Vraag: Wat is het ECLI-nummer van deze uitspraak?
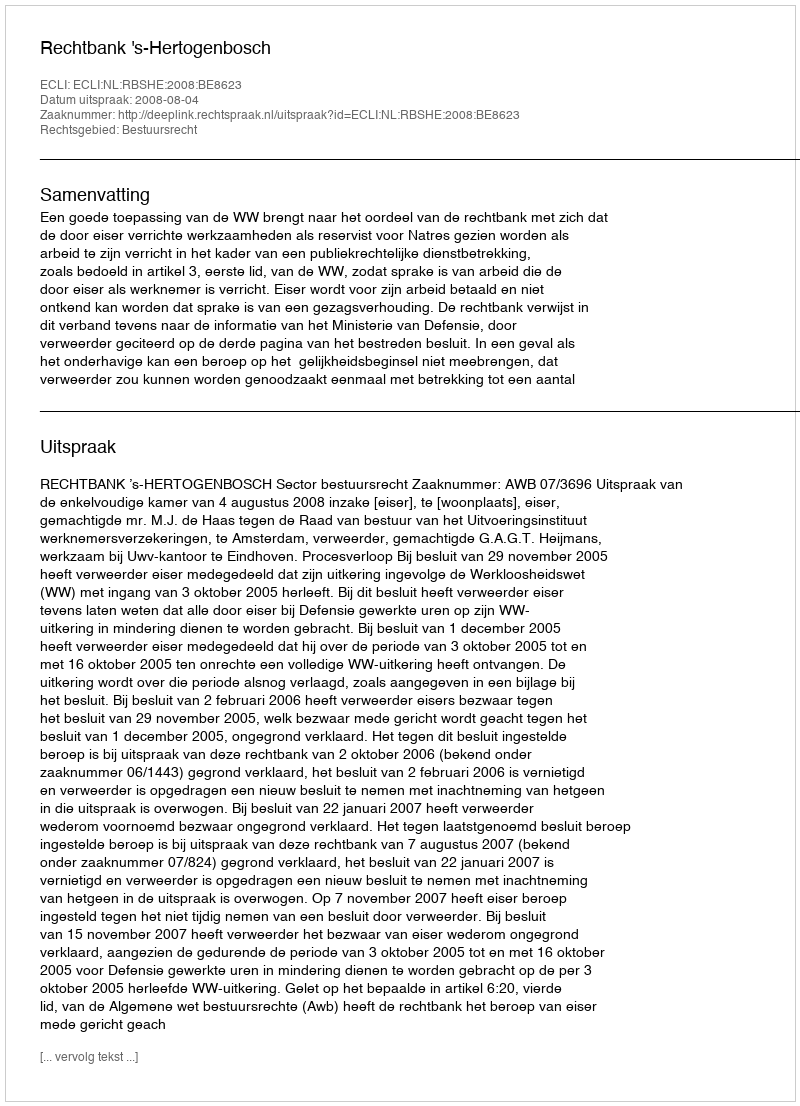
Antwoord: ECLI:NL:RBSHE:2008:BE8623